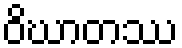
ဝိဃာတဿ